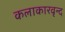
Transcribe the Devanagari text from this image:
कलाकारवृन्द